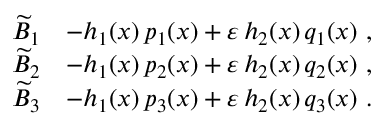
\begin{array} { r l } { \widetilde { B } _ { 1 } } & { \= - h _ { 1 } ( x ) \, p _ { 1 } ( x ) + \varepsilon \, h _ { 2 } ( x ) \, q _ { 1 } ( x ) \ , } \\ { \widetilde { B } _ { 2 } } & { \= - h _ { 1 } ( x ) \, p _ { 2 } ( x ) + \varepsilon \, h _ { 2 } ( x ) \, q _ { 2 } ( x ) \ , } \\ { \widetilde { B } _ { 3 } } & { \= - h _ { 1 } ( x ) \, p _ { 3 } ( x ) + \varepsilon \, h _ { 2 } ( x ) \, q _ { 3 } ( x ) \ . } \end{array}